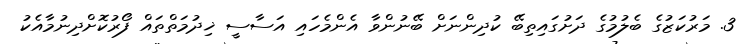
3. މަރުކަޒުގެ ބެލުމުގެ ދަށުގައިތިބޭ ކުދިންނަށް ބޭނުންވާ އެންމެހައި އަސާސީ ޚިދުމަތްތައް ފޯރުކޮށްދިނުމާއެކު